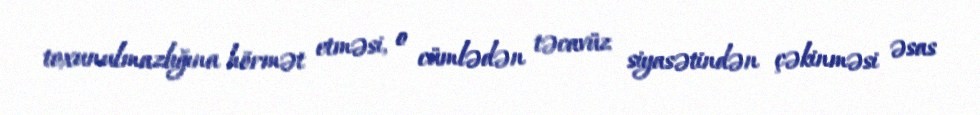
toxunulmazlığına hörmət etməsi, o cümlədən təcavüz siyasətindən çəkinməsi əsas